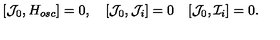
[ { \cal J } _ { 0 } , H _ { o s c } ] = 0 , \quad [ { \cal J } _ { 0 } , { \cal J } _ { i } ] = 0 \quad [ { \cal J } _ { 0 } , { \cal I } _ { i } ] = 0 .